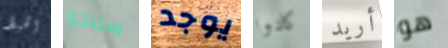
الخيط ستنجو يوجد كادوا أريد هو